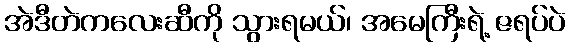
အဲဒီတဲကလေးဆီကို သွားရမယ်၊ အမေကြီးရဲ့ ဇရပ်ပဲ